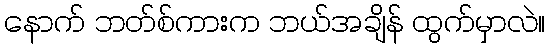
နောက် ဘတ်စ်ကားက ဘယ်အချိန် ထွက်မှာလဲ။